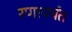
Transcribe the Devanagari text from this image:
रणापर्यंत